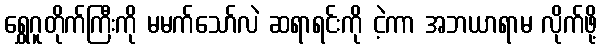
ရွှေဂူတိုက်ကြီးကို မမက်သော်လဲ ဆရာရင်းကို ငဲ့ကာ အဘယာရာမ လိုက်ဖို့